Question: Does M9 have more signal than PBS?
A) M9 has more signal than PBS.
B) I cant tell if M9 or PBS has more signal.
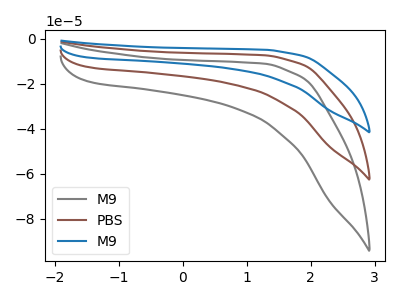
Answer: <think>The gray curve "M9" has no peaks. The brown curve "PBS" has no peaks. The blue curve "M9" has no peaks.
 Neither "M9" or "PBS" have any peaks.</think>
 <answer>B) I cant tell if "M9" or "PBS" has more signal.</answer>
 <eval>B</eval>